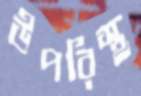
উপরিস্থ